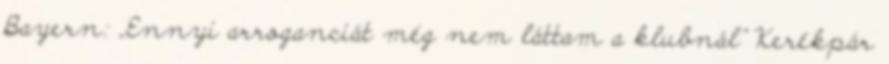
Bayern: „Ennyi arroganciát még nem láttam a klubnál” Kerékpár